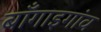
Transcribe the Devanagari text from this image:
बॉँगाइगांव